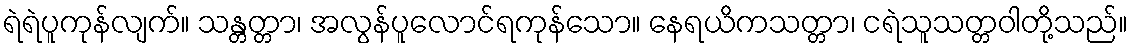
ရဲရဲပူကုန်လျက်။ သန္တတ္တာ၊ အလွန်ပူလောင်ရကုန်သော။ နေရယိကသတ္တာ၊ ငရဲသူသတ္တဝါတို့သည်။